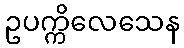
ဥပက္ကိလေသေန